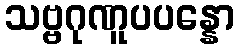
သဗ္ဗဂုဏူပပန္နော